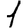
Digit: 1